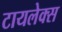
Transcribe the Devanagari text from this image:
टायलेक्स